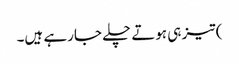
) تیز ہی ہوتے چلے جارہے ہیں۔